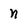
Character: n